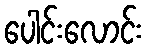
ပေါင်းလောင်း